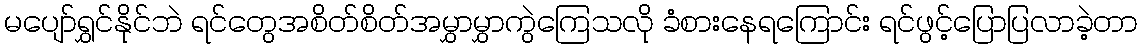
မပျော်ရွှင်နိုင်ဘဲ ရင်တွေအစိတ်စိတ်အမွှာမွှာကွဲကြေသလို ခံစားနေရကြောင်း ရင်ဖွင့်ပြောပြလာခဲ့တာ